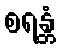
စရန္တံ